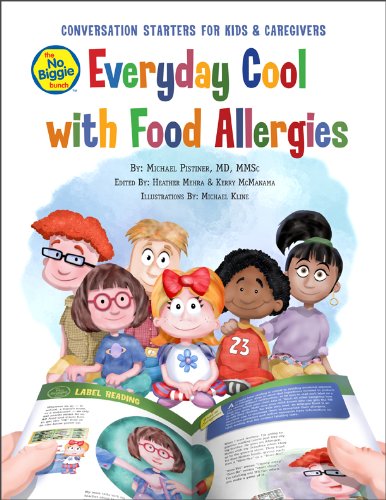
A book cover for The No Biggie Bunch Everyday Cool with Food Allergies; Michael Pistiner MD MMSc; Health, Fitness & Dieting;